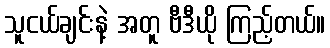
သူငယ်ချင်းနဲ့ အတူ ဗီဒီယို ကြည့်တယ်။